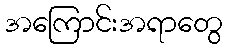
အကြောင်းအရာတွေ